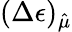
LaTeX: (\Delta\epsilon)_{\hat{\mu}}